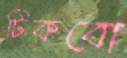
টিকবো